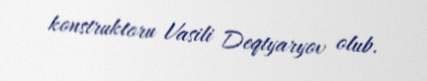
konstruktoru Vasili Deqtyaryov olub.